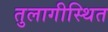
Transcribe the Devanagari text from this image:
तुलागीस्थित